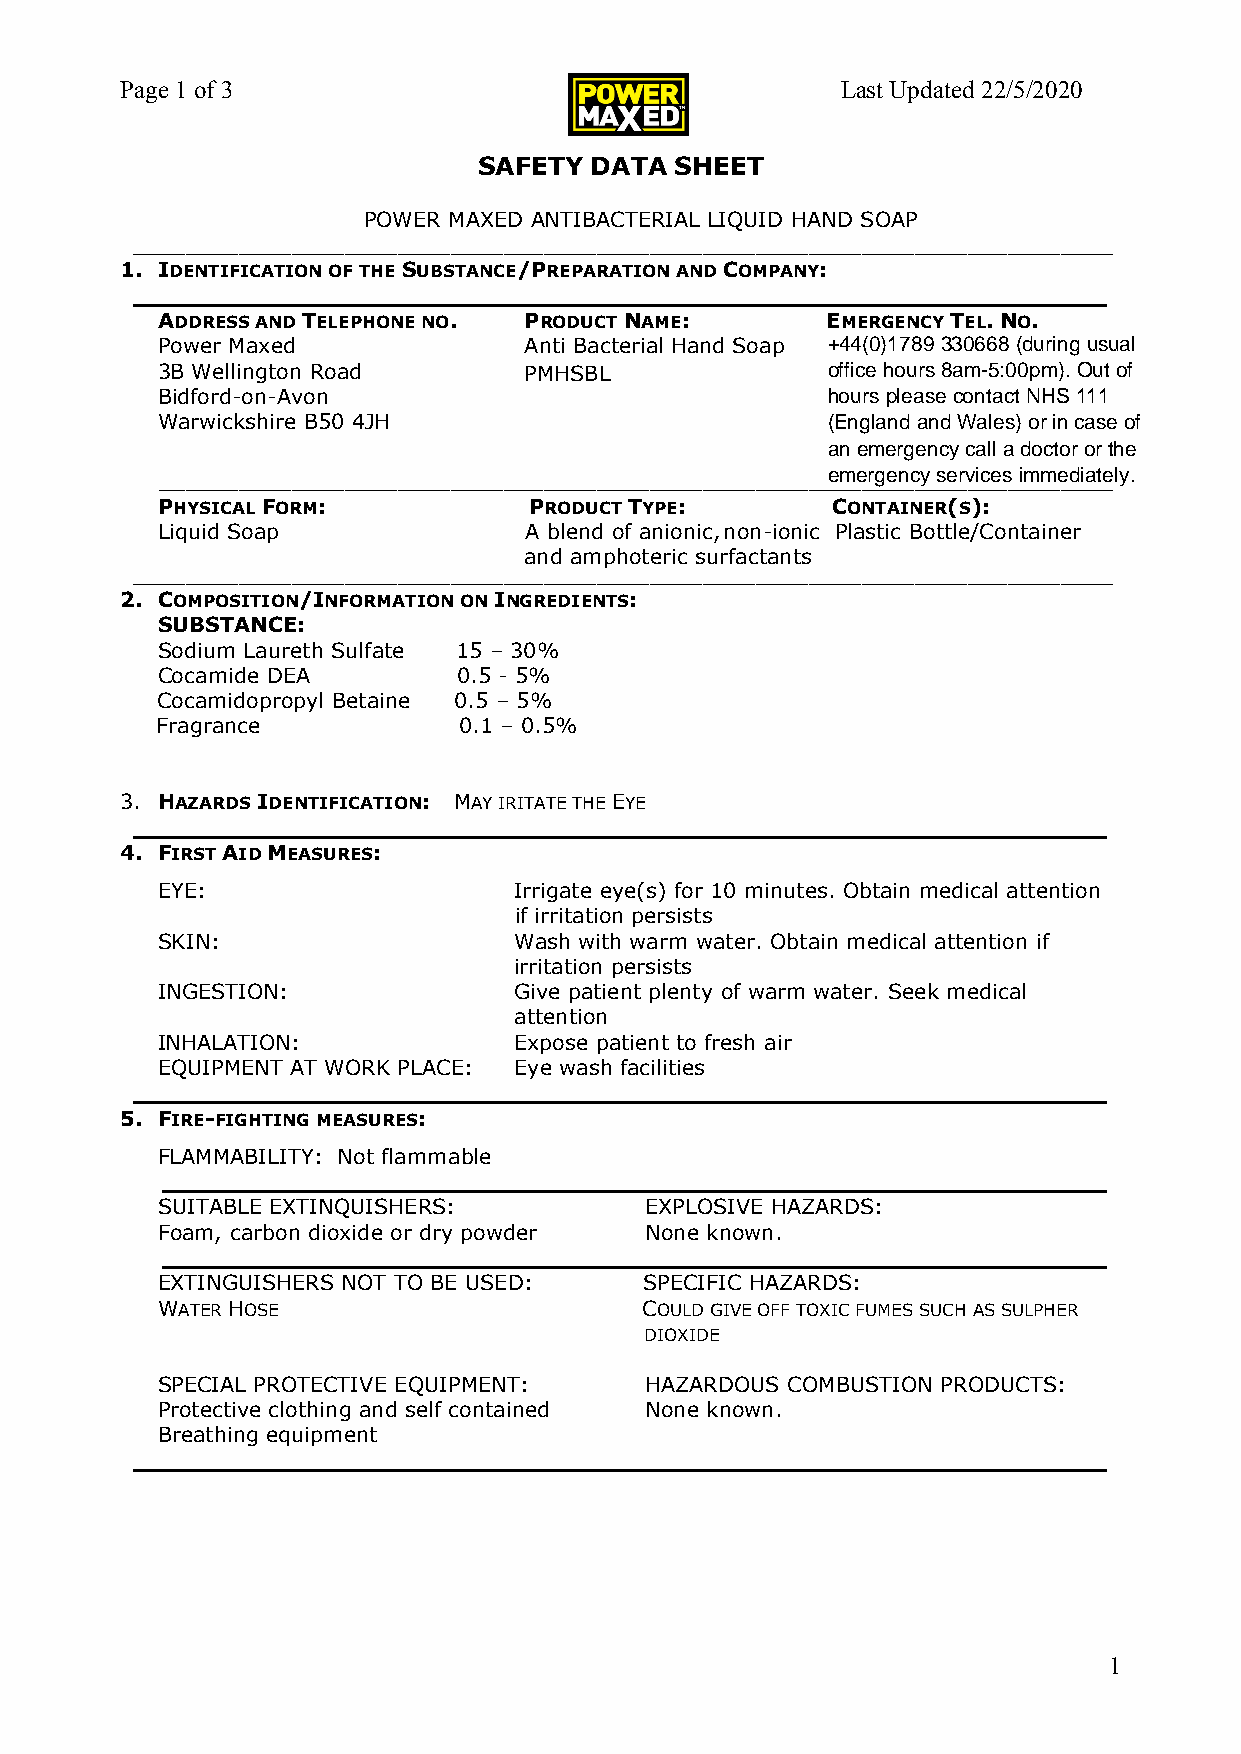
Page 1 of 3                                     Last Updated 22/5/2020
 SAFETY DATA  SHEET
 POWER MAXED ANTIBACTERIAL LIQUID HAND SOAP
 __________________________________________________________________________
 1. IDENTIFICATION OF THE SUBSTANCE/PREPARATION AND COMPANY:
 __________________________________________________________________
 Antibacterial
 ADDRESS AND TELEPHONE NO. PRODUCT NAME:      EMERGENCY TEL.N O.
 Power Maxed              Anti Bacterial Hand Soap
 3B Wellington Road       PMHSBL
 Bidford-on-Avon
 Warwickshire B50 4JH
 _____________ ______________________________ ________ _ _ _ ____________ ______
 PHYSICAL FO R M :        PRODUCT TYPE:       CONTAINER(S):
 Liquid Soap              A blend of anionic,non-ionic Plastic Bottle/Container
 a n d amphoteric surfactants
 __________________________________________________________________________
 2. COMPOSITION/INFORMATION ON INGREDIENTS:
 SUBSTANCE:
 Sodium Laureth Sulfate 15 – 30%
 Cocamide DEA        0.5 - 5%
 Cocamidopropyl Betaine 0.5 – 5%
 Fragrance           0.1 – 0.5%
 3. HAZARDS IDENTIFICATION: MAY IRITATE THE EYE
 __________________________________________________________________
 4. FIRST AID MEASURES:
 EYE:                    Irrigate eye(s) for 10 minutes. Obtain medical attention
 if irritation persists
 SKIN:                   Wash with warm water. Obtain medical attention if
 irritation persists
 INGESTION:              Give patient plenty of warm water. Seek medical
 attention
 INHALATION:             Expose patient to fresh air
 EQUIPMENT AT WORK PLACE: Eye wash facilities
 __________________________________________________________________
 5. FIRE-FIGHTING MEASURES:
 FLAMMABILITY: Not flammable
 ________________________________________________________________
 SUITABLE EXTINQUISHERS:          EXPLOSIVE HAZARDS:
 Foam, carbon dioxide or dry powder None known.
 ________________________________________________________________
 EXTINGUISHERS NOT TO BE USED:    SPECIFIC HAZARDS:
 WATER HOSE                       COULD GIVE OFF TOXIC FUMES SUCH AS SULPHER
 DIOXIDE
 SPECIAL PROTECTIVE EQUIPMENT:    HAZARDOUS COMBUSTION PRODUCTS:
 Protective clothing and self contained None known.
 Breathing equipment
 __________________________________________________________________
 1